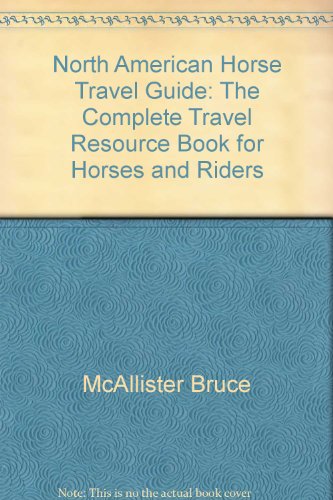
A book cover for North American horse travel guide: The complete travel resource book for horses & riders; Bruce McAllister; Travel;